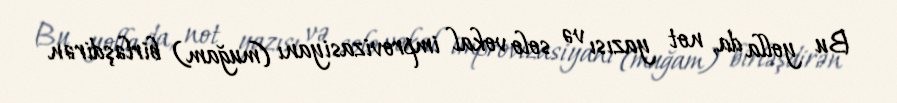
Bu yolla da, not yazısı və solo vokal improvizasiyanı (muğam) birləşdirən